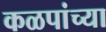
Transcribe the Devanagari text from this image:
कळपांच्या